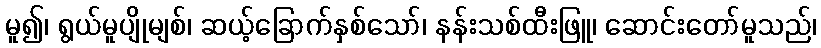
မူ၍၊ ရွယ်မူပျိုမျစ်၊ ဆယ့်ခြောက်နှစ်သော်၊ နန်းသစ်ထီးဖြူ၊ ဆောင်းတော်မူသည်၊